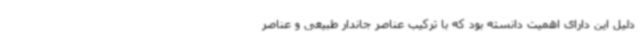
دلیل این دارای اهمیت دانسته بود که با ترکیب عناصر جاندار طبیعی و عناصر